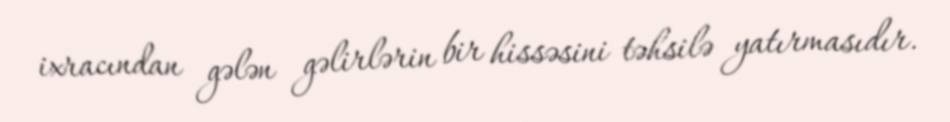
ixracından gələn gəlirlərin bir hissəsini təhsilə yatırmasıdır.